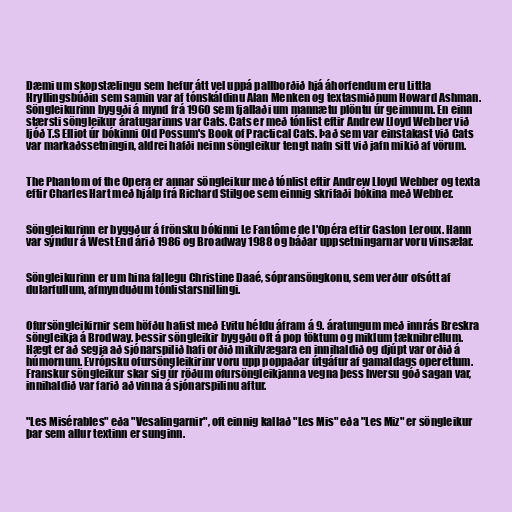
Dæmi um skopstælingu sem hefur átt vel uppá pallborðið hjá áhorfendum eru Littla
Hryllingsbúðin sem samin var af tónskáldinu Alan Menken og textasmiðnum Howard Ashman.
Söngleikurinn byggði á mynd frá 1960 sem fjallaði um mannætu plöntu úr geimnum. En einn
stærsti söngleikur áratugarinns var Cats. Cats er með tónlist eftir Andrew Lloyd Webber við
ljóð T.S Elliot úr bókinni Old Possum's Book of Practical Cats. Það sem var einstakast við Cats
var markaðssetningin, aldrei hafði neinn söngleikur tengt nafn sitt við jafn mikið af vörum.

The Phantom of the Opera er annar söngleikur með tónlist eftir Andrew Lloyd Webber og texta
eftir Charles Hart með hjálp frá Richard Stilgoe sem einnig skrifaði bókina með Webber.

Söngleikurinn er byggður á frönsku bókinni Le Fantôme de l'Opéra eftir Gaston Leroux. Hann
var sýndur á West End árið 1986 og Broadway 1988 og báðar uppsetningarnar voru vinsælar.

Söngleikurinn er um hina fallegu Christine Daaé, sópransöngkonu, sem verður ofsótt af
dularfullum, afmynduðum tónlistarsnillingi.

Ofursöngleikirnir sem höfðu hafist með Evitu héldu áfram á 9. áratungum með innrás Breskra
söngleikja á Brodway. Þessir söngleikir byggðu oft á pop töktum og miklum tæknibrellum.
Hægt er að segja að sjónarspilið hafi orðið mikilvægara en innihaldið og djúpt var orðið á
húmornum. Evrópsku ofursöngleikirinr voru upp poppaðar útgáfur af gamaldags operettum.
Franskur söngleikur skar sig úr röðum ofursöngleikjanna vegna þess hversu góð sagan var,
innihaldið var farið að vinna á sjónarspilinu aftur.

"Les Misérables" eða "Vesalingarnir", oft einnig kallað "Les Mis" eða "Les Miz" er söngleikur
þar sem allur textinn er sunginn.